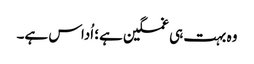
وہ بہت ہی غمگین ہے؛ اُداس ہے۔